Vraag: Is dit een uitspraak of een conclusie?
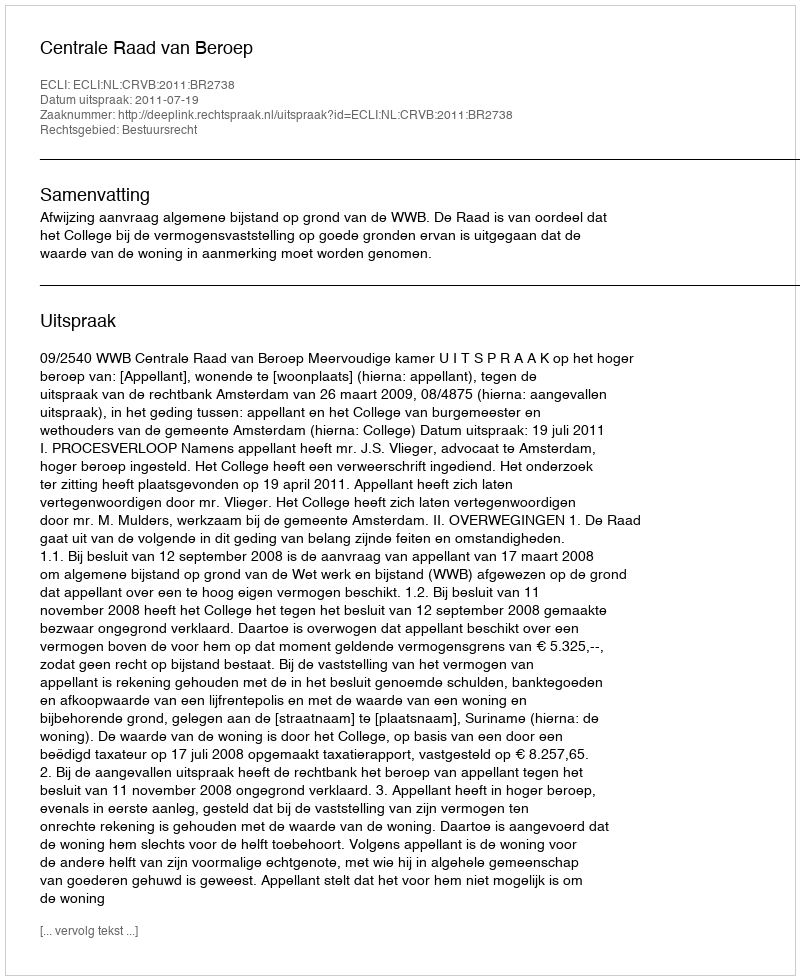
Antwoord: Uitspraak